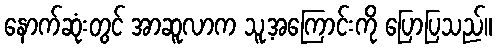
နောက်ဆုံးတွင် အာဆူလာက သူ့အကြောင်းကို ပြောပြသည်။